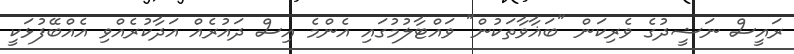
ރައީސް ނަޝީދުގެ ވެރިކަން "ބަޣާވާތަކުން" ވައްޓާލުމުގައި އެންމެ އިސް ދައުރެއް އަދާކުރެއްވި އެއްބޭފުޅަކީ